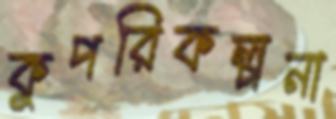
কুপরিকল্পনা